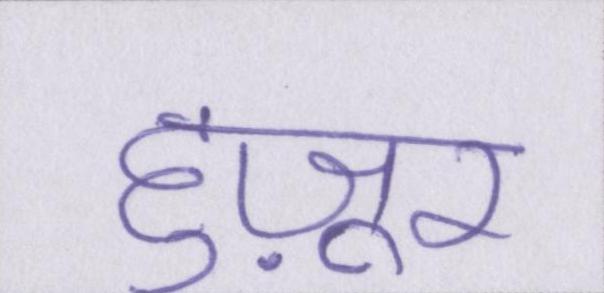
हुज़ूर